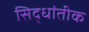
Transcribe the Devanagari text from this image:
सिद्धांतीक